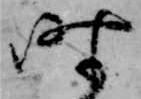
時